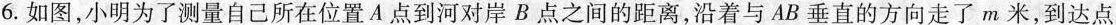
6. 如图，小明为了测量自己所在位置A点到河对岸B点之间的距离，沿着与AB垂直的方向走了m米，到达点